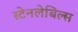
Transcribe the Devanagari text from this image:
स्टेनलेबिल्स